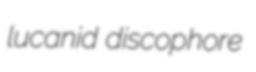
lucanid discophore